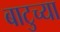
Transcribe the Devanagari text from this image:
बाटुच्या